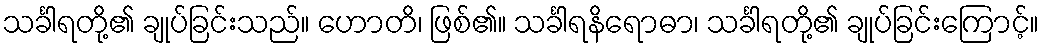
သင်္ခါရတို့၏ ချုပ်ခြင်းသည်။ ဟောတိ၊ ဖြစ်၏။ သင်္ခါရနိရောဓာ၊ သင်္ခါရတို့၏ ချုပ်ခြင်းကြောင့်။